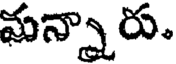
మన్నారు.